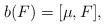
LaTeX: \begin{align*} b(F)=[\mu, F],\end{align*}